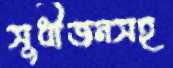
সুধীজনসহ